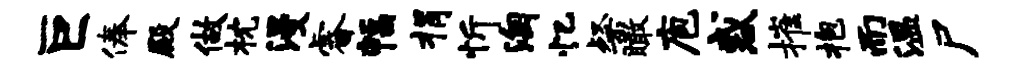
巨俸殿做枕漫睿幅捐忻淘忆粲瞰庖惑摧抱而温尸